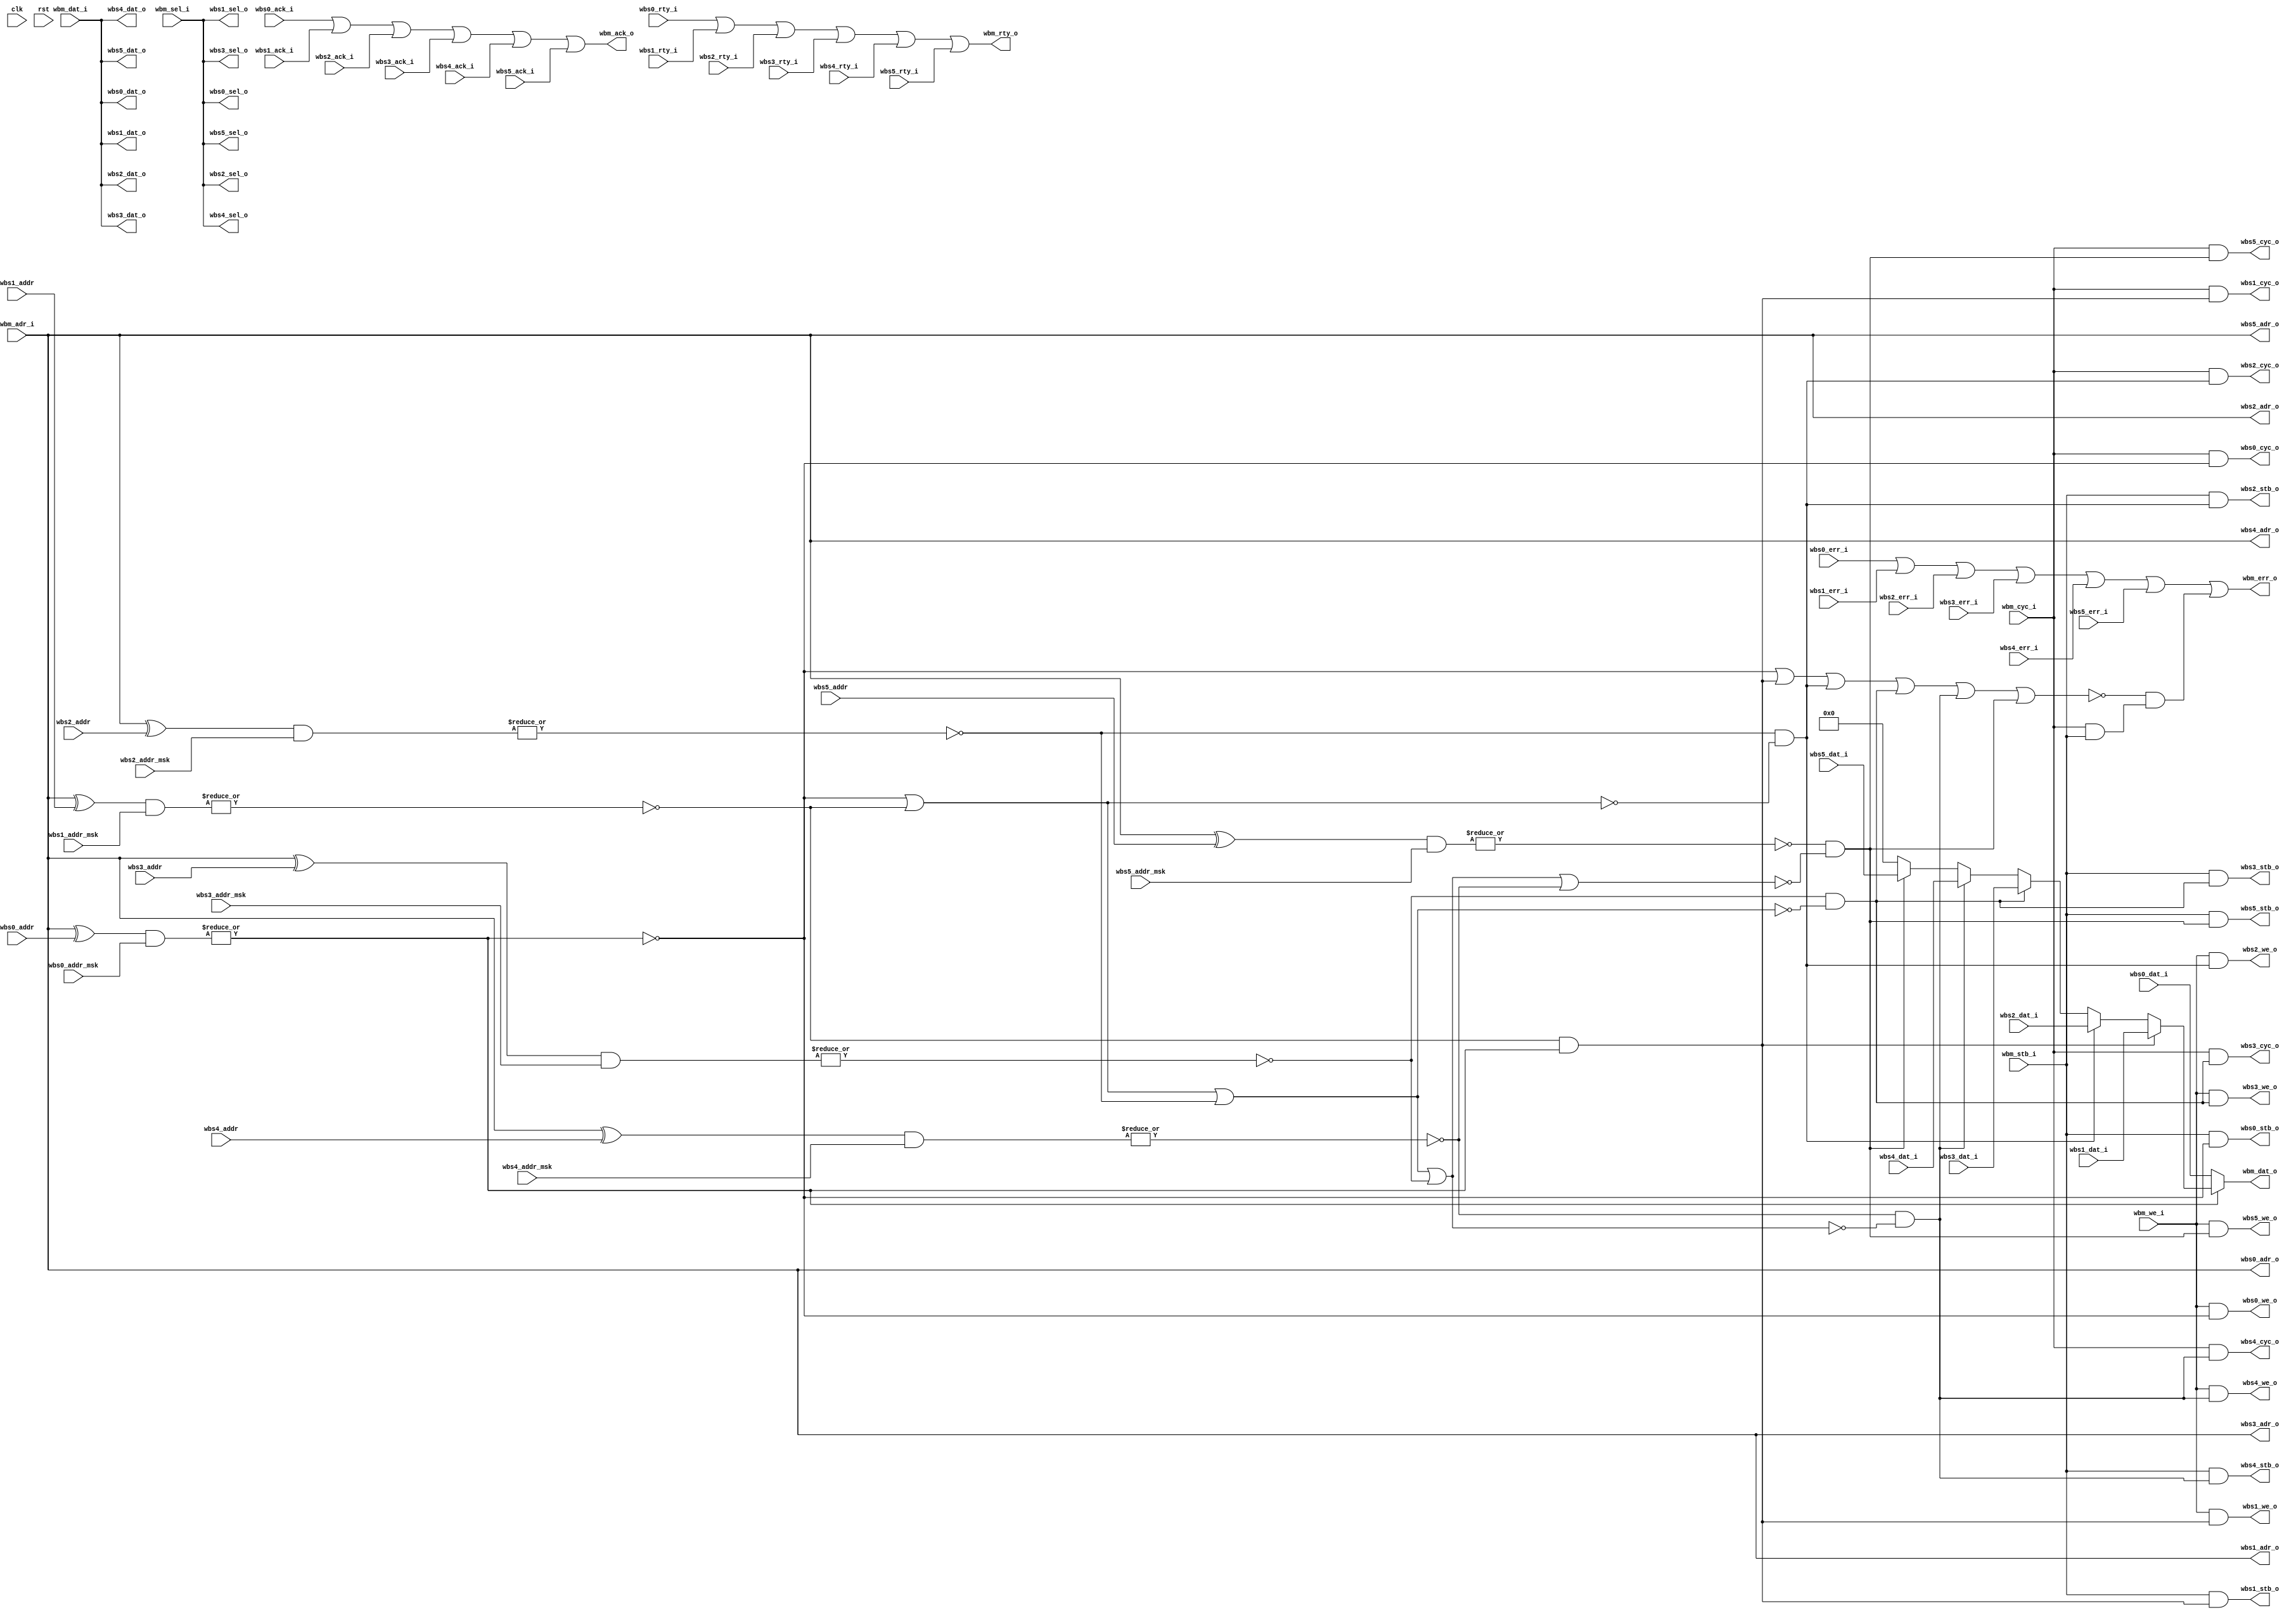
/*

Copyright (c) 2015-2016 Alex Forencich

Permission is hereby granted, free of charge, to any person obtaining a copy
of this software and associated documentation files (the "Software"), to deal
in the Software without restriction, including without limitation the rights
to use, copy, modify, merge, publish, distribute, sublicense, and/or sell
copies of the Software, and to permit persons to whom the Software is
furnished to do so, subject to the following conditions:

The above copyright notice and this permission notice shall be included in
all copies or substantial portions of the Software.

THE SOFTWARE IS PROVIDED "AS IS", WITHOUT WARRANTY OF ANY KIND, EXPRESS OR
IMPLIED, INCLUDING BUT NOT LIMITED TO THE WARRANTIES OF MERCHANTABILITY
FITNESS FOR A PARTICULAR PURPOSE AND NONINFRINGEMENT. IN NO EVENT SHALL THE
AUTHORS OR COPYRIGHT HOLDERS BE LIABLE FOR ANY CLAIM, DAMAGES OR OTHER
LIABILITY, WHETHER IN AN ACTION OF CONTRACT, TORT OR OTHERWISE, ARISING FROM,
OUT OF OR IN CONNECTION WITH THE SOFTWARE OR THE USE OR OTHER DEALINGS IN
THE SOFTWARE.

*/

// Language: Verilog 2001

`timescale 1 ns / 1 ps

/*
 * Wishbone 6 port multiplexer
 */
module wb_mux_6 #
(
    parameter DATA_WIDTH = 32,                    // width of data bus in bits (8, 16, 32, or 64)
    parameter ADDR_WIDTH = 32,                    // width of address bus in bits
    parameter SELECT_WIDTH = (DATA_WIDTH/8)       // width of word select bus (1, 2, 4, or 8)
)
(
    input  wire                    clk,
    input  wire                    rst,

    /*
     * Wishbone master input
     */
    input  wire [ADDR_WIDTH-1:0]   wbm_adr_i,     // ADR_I() address input
    input  wire [DATA_WIDTH-1:0]   wbm_dat_i,     // DAT_I() data in
    output wire [DATA_WIDTH-1:0]   wbm_dat_o,     // DAT_O() data out
    input  wire                    wbm_we_i,      // WE_I write enable input
    input  wire [SELECT_WIDTH-1:0] wbm_sel_i,     // SEL_I() select input
    input  wire                    wbm_stb_i,     // STB_I strobe input
    output wire                    wbm_ack_o,     // ACK_O acknowledge output
    output wire                    wbm_err_o,     // ERR_O error output
    output wire                    wbm_rty_o,     // RTY_O retry output
    input  wire                    wbm_cyc_i,     // CYC_I cycle input

    /*
     * Wishbone slave 0 output
     */
    output wire [ADDR_WIDTH-1:0]   wbs0_adr_o,    // ADR_O() address output
    input  wire [DATA_WIDTH-1:0]   wbs0_dat_i,    // DAT_I() data in
    output wire [DATA_WIDTH-1:0]   wbs0_dat_o,    // DAT_O() data out
    output wire                    wbs0_we_o,     // WE_O write enable output
    output wire [SELECT_WIDTH-1:0] wbs0_sel_o,    // SEL_O() select output
    output wire                    wbs0_stb_o,    // STB_O strobe output
    input  wire                    wbs0_ack_i,    // ACK_I acknowledge input
    input  wire                    wbs0_err_i,    // ERR_I error input
    input  wire                    wbs0_rty_i,    // RTY_I retry input
    output wire                    wbs0_cyc_o,    // CYC_O cycle output

    /*
     * Wishbone slave 0 address configuration
     */
    input  wire [ADDR_WIDTH-1:0]   wbs0_addr,     // Slave address prefix
    input  wire [ADDR_WIDTH-1:0]   wbs0_addr_msk, // Slave address prefix mask

    /*
     * Wishbone slave 1 output
     */
    output wire [ADDR_WIDTH-1:0]   wbs1_adr_o,    // ADR_O() address output
    input  wire [DATA_WIDTH-1:0]   wbs1_dat_i,    // DAT_I() data in
    output wire [DATA_WIDTH-1:0]   wbs1_dat_o,    // DAT_O() data out
    output wire                    wbs1_we_o,     // WE_O write enable output
    output wire [SELECT_WIDTH-1:0] wbs1_sel_o,    // SEL_O() select output
    output wire                    wbs1_stb_o,    // STB_O strobe output
    input  wire                    wbs1_ack_i,    // ACK_I acknowledge input
    input  wire                    wbs1_err_i,    // ERR_I error input
    input  wire                    wbs1_rty_i,    // RTY_I retry input
    output wire                    wbs1_cyc_o,    // CYC_O cycle output

    /*
     * Wishbone slave 1 address configuration
     */
    input  wire [ADDR_WIDTH-1:0]   wbs1_addr,     // Slave address prefix
    input  wire [ADDR_WIDTH-1:0]   wbs1_addr_msk, // Slave address prefix mask

    /*
     * Wishbone slave 2 output
     */
    output wire [ADDR_WIDTH-1:0]   wbs2_adr_o,    // ADR_O() address output
    input  wire [DATA_WIDTH-1:0]   wbs2_dat_i,    // DAT_I() data in
    output wire [DATA_WIDTH-1:0]   wbs2_dat_o,    // DAT_O() data out
    output wire                    wbs2_we_o,     // WE_O write enable output
    output wire [SELECT_WIDTH-1:0] wbs2_sel_o,    // SEL_O() select output
    output wire                    wbs2_stb_o,    // STB_O strobe output
    input  wire                    wbs2_ack_i,    // ACK_I acknowledge input
    input  wire                    wbs2_err_i,    // ERR_I error input
    input  wire                    wbs2_rty_i,    // RTY_I retry input
    output wire                    wbs2_cyc_o,    // CYC_O cycle output

    /*
     * Wishbone slave 2 address configuration
     */
    input  wire [ADDR_WIDTH-1:0]   wbs2_addr,     // Slave address prefix
    input  wire [ADDR_WIDTH-1:0]   wbs2_addr_msk, // Slave address prefix mask

    /*
     * Wishbone slave 3 output
     */
    output wire [ADDR_WIDTH-1:0]   wbs3_adr_o,    // ADR_O() address output
    input  wire [DATA_WIDTH-1:0]   wbs3_dat_i,    // DAT_I() data in
    output wire [DATA_WIDTH-1:0]   wbs3_dat_o,    // DAT_O() data out
    output wire                    wbs3_we_o,     // WE_O write enable output
    output wire [SELECT_WIDTH-1:0] wbs3_sel_o,    // SEL_O() select output
    output wire                    wbs3_stb_o,    // STB_O strobe output
    input  wire                    wbs3_ack_i,    // ACK_I acknowledge input
    input  wire                    wbs3_err_i,    // ERR_I error input
    input  wire                    wbs3_rty_i,    // RTY_I retry input
    output wire                    wbs3_cyc_o,    // CYC_O cycle output

    /*
     * Wishbone slave 3 address configuration
     */
    input  wire [ADDR_WIDTH-1:0]   wbs3_addr,     // Slave address prefix
    input  wire [ADDR_WIDTH-1:0]   wbs3_addr_msk, // Slave address prefix mask

    /*
     * Wishbone slave 4 output
     */
    output wire [ADDR_WIDTH-1:0]   wbs4_adr_o,    // ADR_O() address output
    input  wire [DATA_WIDTH-1:0]   wbs4_dat_i,    // DAT_I() data in
    output wire [DATA_WIDTH-1:0]   wbs4_dat_o,    // DAT_O() data out
    output wire                    wbs4_we_o,     // WE_O write enable output
    output wire [SELECT_WIDTH-1:0] wbs4_sel_o,    // SEL_O() select output
    output wire                    wbs4_stb_o,    // STB_O strobe output
    input  wire                    wbs4_ack_i,    // ACK_I acknowledge input
    input  wire                    wbs4_err_i,    // ERR_I error input
    input  wire                    wbs4_rty_i,    // RTY_I retry input
    output wire                    wbs4_cyc_o,    // CYC_O cycle output

    /*
     * Wishbone slave 4 address configuration
     */
    input  wire [ADDR_WIDTH-1:0]   wbs4_addr,     // Slave address prefix
    input  wire [ADDR_WIDTH-1:0]   wbs4_addr_msk, // Slave address prefix mask

    /*
     * Wishbone slave 5 output
     */
    output wire [ADDR_WIDTH-1:0]   wbs5_adr_o,    // ADR_O() address output
    input  wire [DATA_WIDTH-1:0]   wbs5_dat_i,    // DAT_I() data in
    output wire [DATA_WIDTH-1:0]   wbs5_dat_o,    // DAT_O() data out
    output wire                    wbs5_we_o,     // WE_O write enable output
    output wire [SELECT_WIDTH-1:0] wbs5_sel_o,    // SEL_O() select output
    output wire                    wbs5_stb_o,    // STB_O strobe output
    input  wire                    wbs5_ack_i,    // ACK_I acknowledge input
    input  wire                    wbs5_err_i,    // ERR_I error input
    input  wire                    wbs5_rty_i,    // RTY_I retry input
    output wire                    wbs5_cyc_o,    // CYC_O cycle output

    /*
     * Wishbone slave 5 address configuration
     */
    input  wire [ADDR_WIDTH-1:0]   wbs5_addr,     // Slave address prefix
    input  wire [ADDR_WIDTH-1:0]   wbs5_addr_msk  // Slave address prefix mask
);

wire wbs0_match = ~|((wbm_adr_i ^ wbs0_addr) & wbs0_addr_msk);
wire wbs1_match = ~|((wbm_adr_i ^ wbs1_addr) & wbs1_addr_msk);
wire wbs2_match = ~|((wbm_adr_i ^ wbs2_addr) & wbs2_addr_msk);
wire wbs3_match = ~|((wbm_adr_i ^ wbs3_addr) & wbs3_addr_msk);
wire wbs4_match = ~|((wbm_adr_i ^ wbs4_addr) & wbs4_addr_msk);
wire wbs5_match = ~|((wbm_adr_i ^ wbs5_addr) & wbs5_addr_msk);

wire wbs0_sel = wbs0_match;
wire wbs1_sel = wbs1_match & ~(wbs0_match);
wire wbs2_sel = wbs2_match & ~(wbs0_match | wbs1_match);
wire wbs3_sel = wbs3_match & ~(wbs0_match | wbs1_match | wbs2_match);
wire wbs4_sel = wbs4_match & ~(wbs0_match | wbs1_match | wbs2_match | wbs3_match);
wire wbs5_sel = wbs5_match & ~(wbs0_match | wbs1_match | wbs2_match | wbs3_match | wbs4_match);

wire master_cycle = wbm_cyc_i & wbm_stb_i;

wire select_error = ~(wbs0_sel | wbs1_sel | wbs2_sel | wbs3_sel | wbs4_sel | wbs5_sel) & master_cycle;

// master
assign wbm_dat_o = wbs0_sel ? wbs0_dat_i :
                   wbs1_sel ? wbs1_dat_i :
                   wbs2_sel ? wbs2_dat_i :
                   wbs3_sel ? wbs3_dat_i :
                   wbs4_sel ? wbs4_dat_i :
                   wbs5_sel ? wbs5_dat_i :
                   {DATA_WIDTH{1'b0}};

assign wbm_ack_o = wbs0_ack_i |
                   wbs1_ack_i |
                   wbs2_ack_i |
                   wbs3_ack_i |
                   wbs4_ack_i |
                   wbs5_ack_i;

assign wbm_err_o = wbs0_err_i |
                   wbs1_err_i |
                   wbs2_err_i |
                   wbs3_err_i |
                   wbs4_err_i |
                   wbs5_err_i |
                   select_error;

assign wbm_rty_o = wbs0_rty_i |
                   wbs1_rty_i |
                   wbs2_rty_i |
                   wbs3_rty_i |
                   wbs4_rty_i |
                   wbs5_rty_i;

// slave 0
assign wbs0_adr_o = wbm_adr_i;
assign wbs0_dat_o = wbm_dat_i;
assign wbs0_we_o = wbm_we_i & wbs0_sel;
assign wbs0_sel_o = wbm_sel_i;
assign wbs0_stb_o = wbm_stb_i & wbs0_sel;
assign wbs0_cyc_o = wbm_cyc_i & wbs0_sel;

// slave 1
assign wbs1_adr_o = wbm_adr_i;
assign wbs1_dat_o = wbm_dat_i;
assign wbs1_we_o = wbm_we_i & wbs1_sel;
assign wbs1_sel_o = wbm_sel_i;
assign wbs1_stb_o = wbm_stb_i & wbs1_sel;
assign wbs1_cyc_o = wbm_cyc_i & wbs1_sel;

// slave 2
assign wbs2_adr_o = wbm_adr_i;
assign wbs2_dat_o = wbm_dat_i;
assign wbs2_we_o = wbm_we_i & wbs2_sel;
assign wbs2_sel_o = wbm_sel_i;
assign wbs2_stb_o = wbm_stb_i & wbs2_sel;
assign wbs2_cyc_o = wbm_cyc_i & wbs2_sel;

// slave 3
assign wbs3_adr_o = wbm_adr_i;
assign wbs3_dat_o = wbm_dat_i;
assign wbs3_we_o = wbm_we_i & wbs3_sel;
assign wbs3_sel_o = wbm_sel_i;
assign wbs3_stb_o = wbm_stb_i & wbs3_sel;
assign wbs3_cyc_o = wbm_cyc_i & wbs3_sel;

// slave 4
assign wbs4_adr_o = wbm_adr_i;
assign wbs4_dat_o = wbm_dat_i;
assign wbs4_we_o = wbm_we_i & wbs4_sel;
assign wbs4_sel_o = wbm_sel_i;
assign wbs4_stb_o = wbm_stb_i & wbs4_sel;
assign wbs4_cyc_o = wbm_cyc_i & wbs4_sel;

// slave 5
assign wbs5_adr_o = wbm_adr_i;
assign wbs5_dat_o = wbm_dat_i;
assign wbs5_we_o = wbm_we_i & wbs5_sel;
assign wbs5_sel_o = wbm_sel_i;
assign wbs5_stb_o = wbm_stb_i & wbs5_sel;
assign wbs5_cyc_o = wbm_cyc_i & wbs5_sel;


endmodule